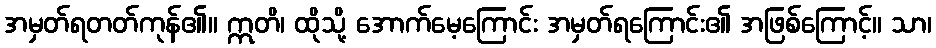
အမှတ်ရတတ်ကုန်၏။ ဣတိ၊ ထိုသို့ အောက်မေ့ကြောင်း အမှတ်ရကြောင်း၏ အဖြစ်ကြောင့်။ သာ၊